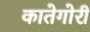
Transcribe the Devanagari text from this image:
कातेगोरी